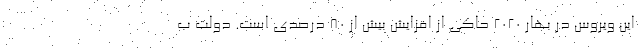
این ویروس در بهار 2020 حاکی از افزایش بیش از 80 درصدی است. دولت ب